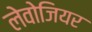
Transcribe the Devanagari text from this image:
लेवोजियर